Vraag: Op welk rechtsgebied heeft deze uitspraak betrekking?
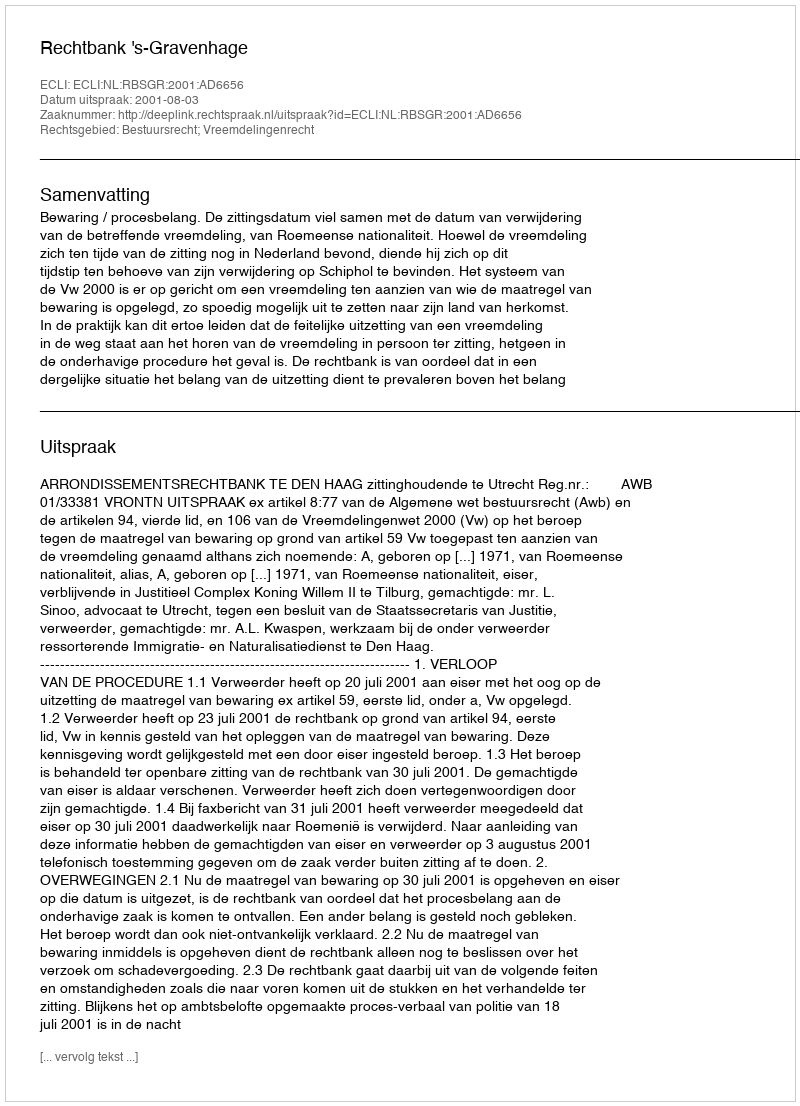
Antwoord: Bestuursrecht; Vreemdelingenrecht